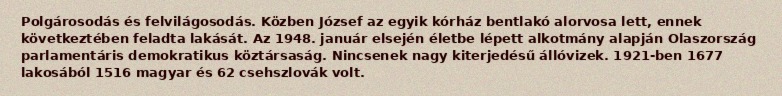
Polgárosodás és felvilágosodás. Közben József az egyik kórház bentlakó alorvosa lett, ennek következtében feladta lakását. Az 1948. január elsején életbe lépett alkotmány alapján Olaszország parlamentáris demokratikus köztársaság. Nincsenek nagy kiterjedésű állóvizek. 1921-ben 1677 lakosából 1516 magyar és 62 csehszlovák volt.